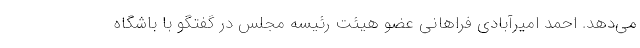
می‌دهد. احمد امیرآبادی فراهانی عضو هیئت رئیسه مجلس در گفتگو با باشگاه